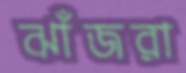
ঝাঁজরা